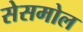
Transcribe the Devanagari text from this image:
सेसमोल